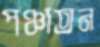
পঞ্চাতন